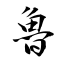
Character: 魯